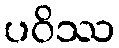
ပဝိဿ